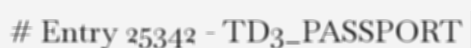
# Entry 25342 - TD3_PASSPORT